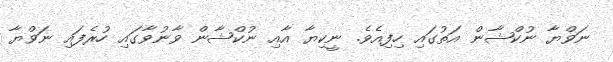
ނަވްޔާ ނުކްޝާން އަތުގައި ހިފިއެވެ. ނީކިޔާ އާއި ނުކްޝާން ވާނުވާގައި ހުރެފައި ނަވްޔާ